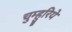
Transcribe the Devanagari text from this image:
चुम्हुरिये